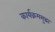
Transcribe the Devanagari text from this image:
कार्यक्रमसुद्धा